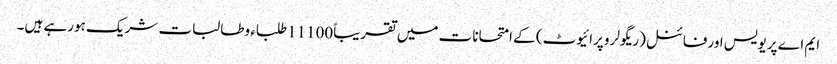
ایم اے پریویس اورفائنل(ریگولر وپرائیوٹ) کے امتحانات میں تقریباً11100طلباء وطالبات شریک ہورہے ہیں۔